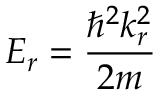
E _ { r } = \frac { \hbar ^ { 2 } k _ { r } ^ { 2 } } { 2 m }